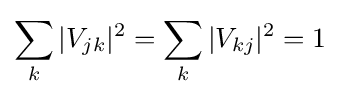
\sum _{k}|V_{jk}|^{2}=\sum _{k}|V_{kj}|^{2}=1